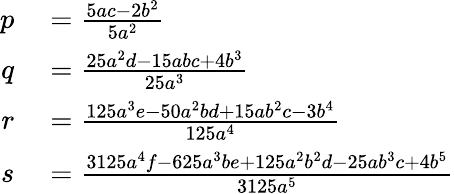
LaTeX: \begin{array}{rl}{p}&{{}={\frac{5ac-2b^{2}}{5a^{2}}}}\\ {q}&{{}={\frac{25a^{2}d-15abc+4b^{3}}{25a^{3}}}}\\ {r}&{{}={\frac{125a^{3}e-50a^{2}bd+15ab^{2}c-3b^{4}}{125a^{4}}}}\\ {s}&{{}={\frac{3125a^{4}f-625a^{3}be+125a^{2}b^{2}d-25ab^{3}c+4b^{5}}{3125a^{5}}}}\end{array}